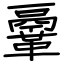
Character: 鞷